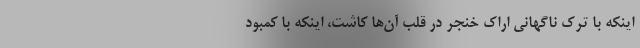
اینکه با ترک ناگهانی اراک خنجر در قلب آن‌ها کاشت، اینکه با کمبود